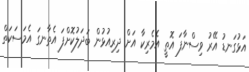
އަޅުގަނޑު އޭރު ވިސްނާފަ އޮތީ އެމެރިކާ އަށް ދިރިއުޅުން ބަދަލުކޮށްފަ އެތާނގަ އެމަސަކަތް